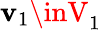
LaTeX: \mathbf{v}_{1}\inV_{1}